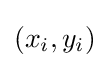
\left(x_{i},y_{i}\right)